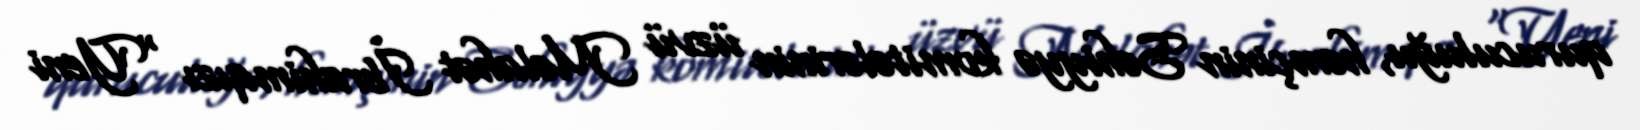
quruculuğu, həmçinin Səhiyyə komitələrinin üzvü Məlahət İbrahimqızı “Yeni